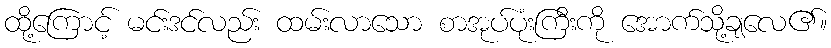
ထို့ကြောင့် မင်းဒင်လည်း ထမ်းလာသော စာအုပ်ပုံးကြီးကို အောက်သို့ချလေ၏။